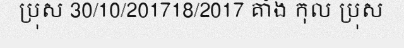
ប្រុស 30/10/201718/2017 គាំង កុល ប្រុស